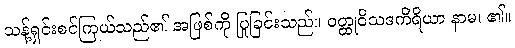
သန့်ရှင်းစင်ကြယ်သည်၏ အဖြစ်ကို ပြုခြင်းသည်။ ဝတ္ထုဝိသဒကိရိယာ နာမ၊ ၏။